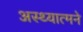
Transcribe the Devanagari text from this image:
अस्थ्यात्मने